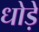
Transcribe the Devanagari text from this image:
धोड़े